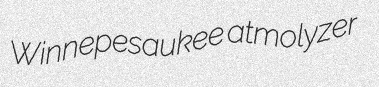
Winnepesaukee atmolyzer